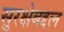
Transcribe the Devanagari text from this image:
सुरक्षेबद्दल